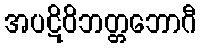
အပဋိဝိဘတ္တဘောဂီ